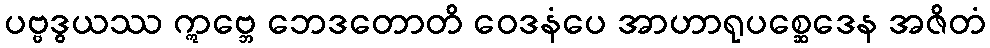
ပဗ္ဗဒွယဿ ဣဗ္ဘေ ဘေဒတောတိ ဝေဒနံပေ အာဟာရုပစ္ဆေဒေန အဇိတံ